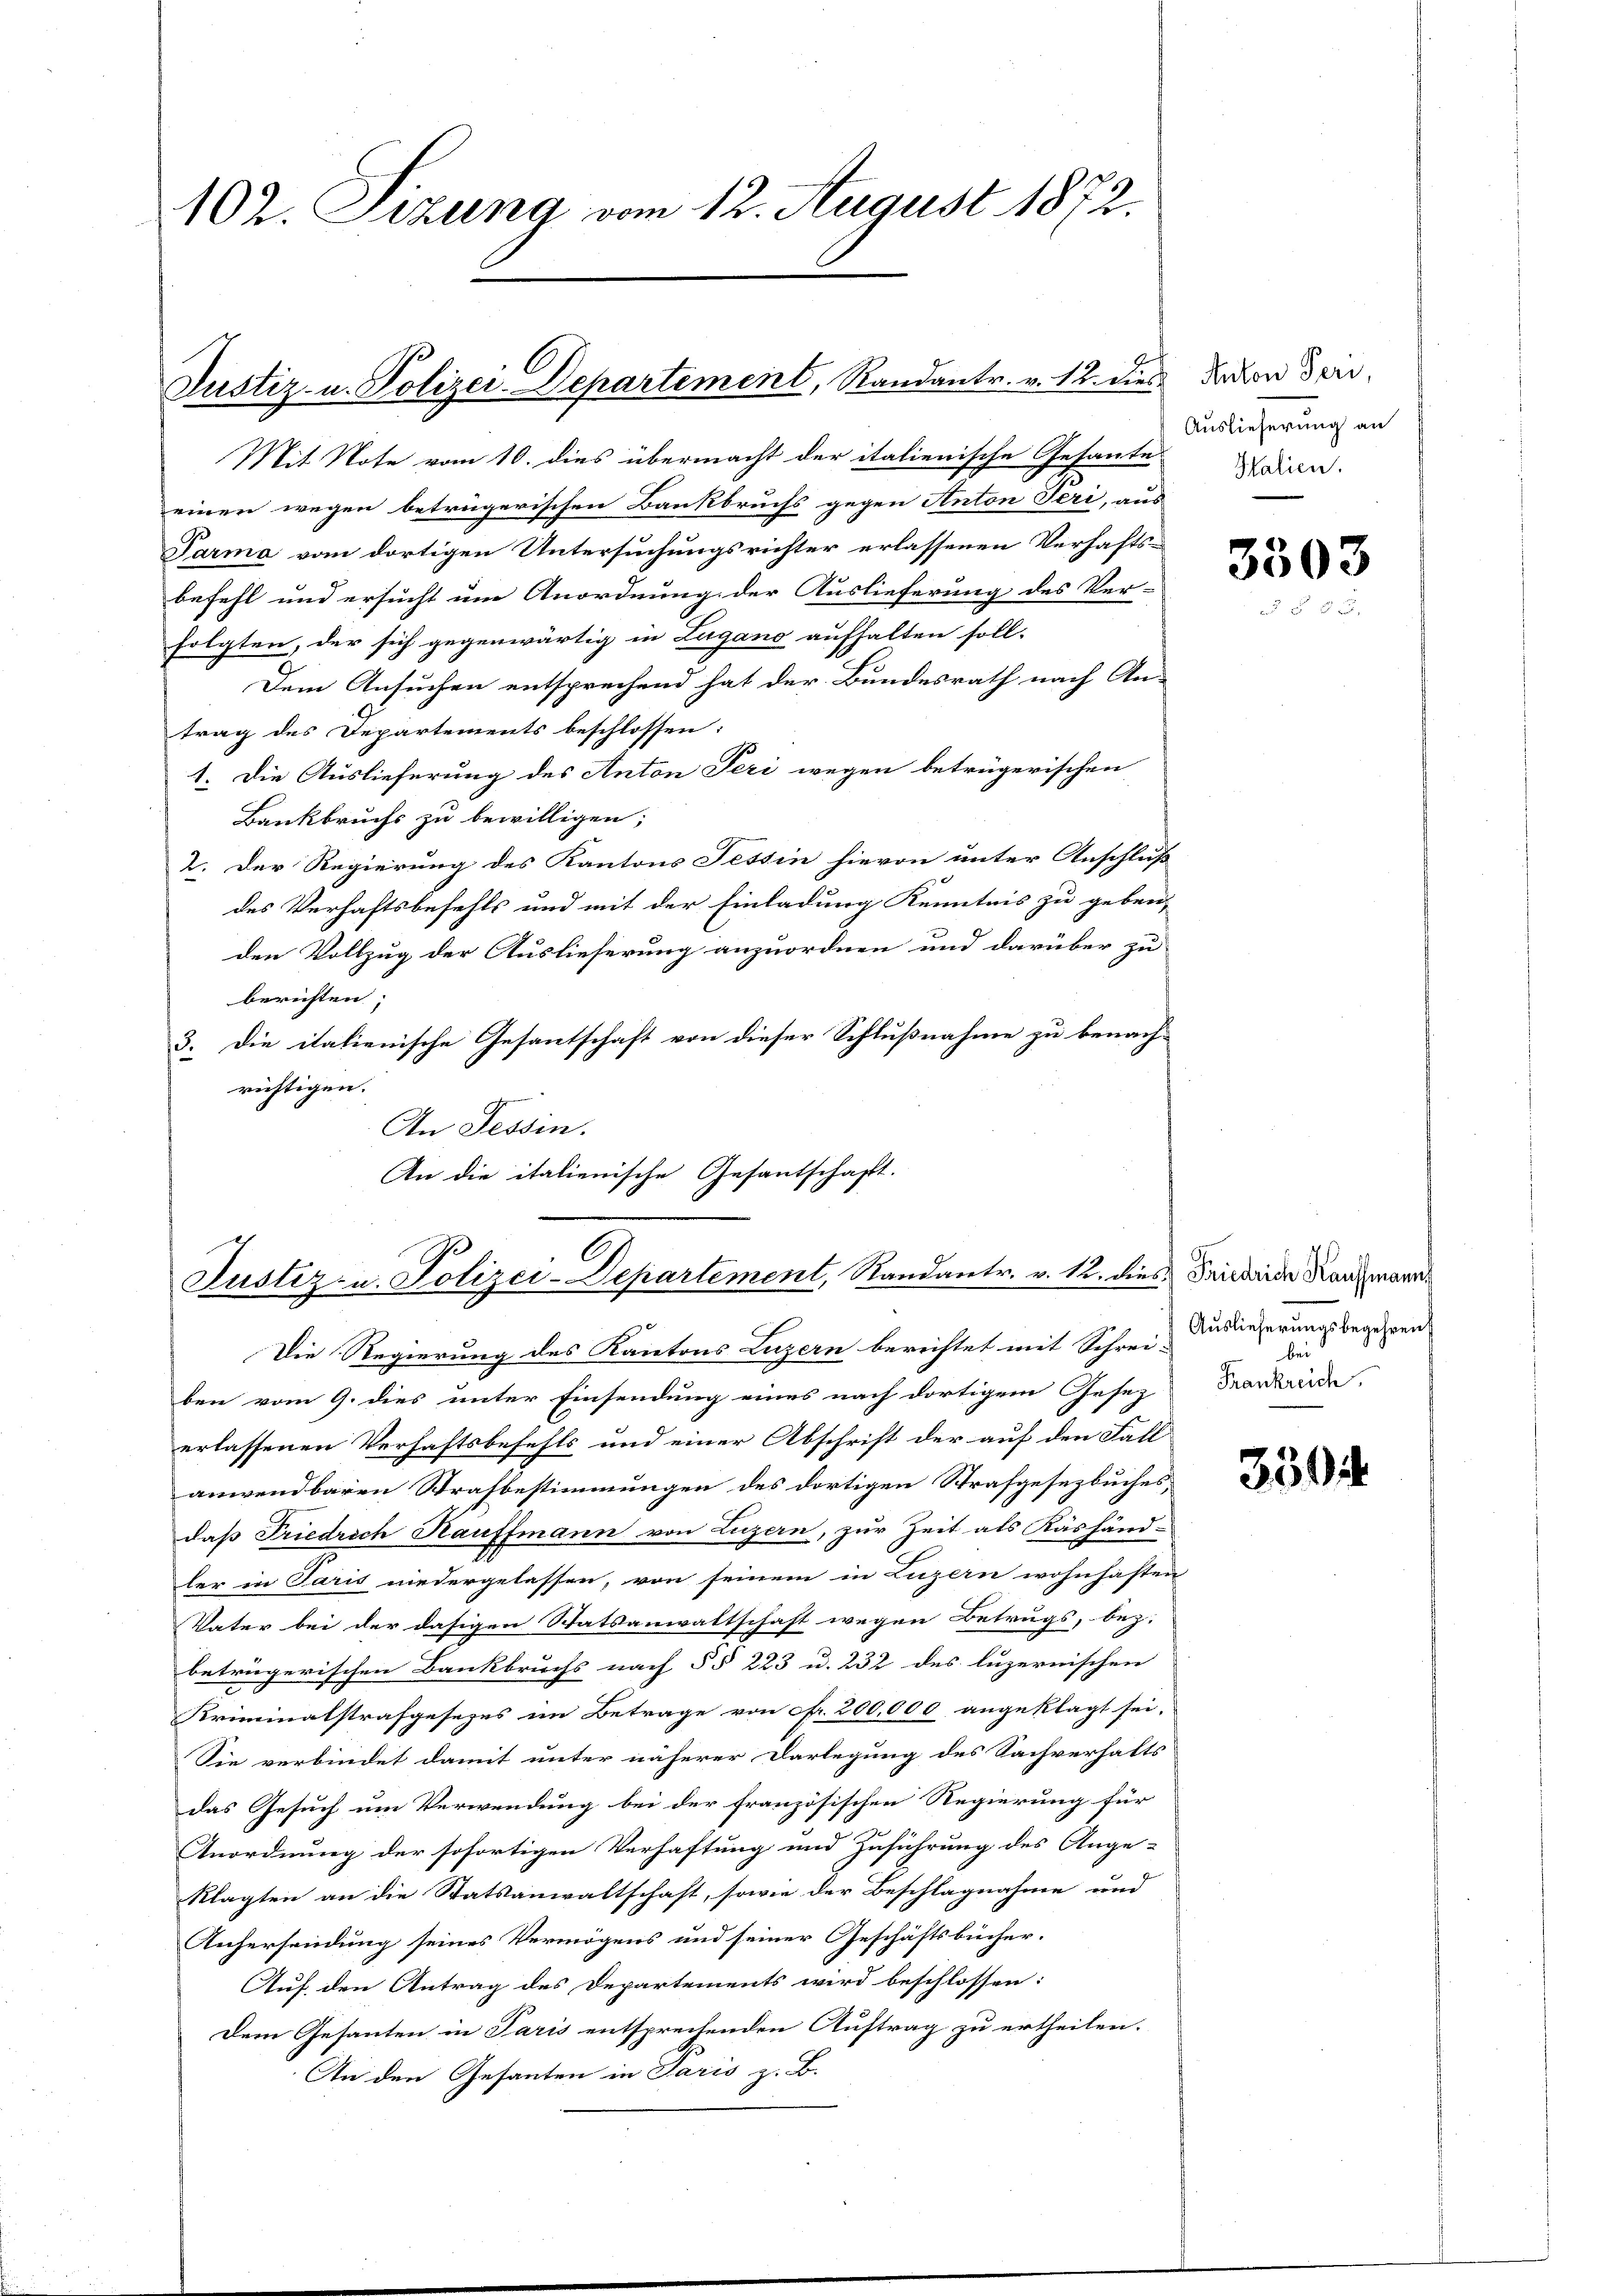
102. Sizung vom 12. August 1872.

Justiz- u. Polizei-Departement, Randantr. v. 12. dies davon den
Mit Note vom 10. dies übermacht der italienische Gesante

einen wegen betrügerischen Bankbruchs gegen Anton Seri, aus
Parma vom dortigen Untersuchungsrichter erlassenen Verhafts-
befehl und ersucht um Anordnung der Auslieferung des Ver-
folgten, der sich gegenwärtig in Lugano aufhalten soll.
Dem Ansuchen entsprechend hat der Bundesrath nach An-
trag des Departements beschlossen:
1. Die Auslieferung des Anton Teri wegen betrügerischen
Bankbruchs zu bewilligen;
2. Der Regierung des Kantons Tessin hievon unter Anschluß
des Verhaftsbefehls und mit der Einladung Kenntnis zu geben,
den Vollzug der Auslieferung anzuordnen und darüber zu
berichten;
3. Die italienische Gesantschaft von dieser Schlußnahme zu benach-
richtigen.
An Tessin.
An die italienische Gesantschaft.

C
Justiz- u. Polizei-Departement, Standantr. v. 12. dies Friedende Kanzmarn¬

Auslieferung an
Salien.

Die Regierung des Kantons Luzern berichtet mit Schreiben vom 9. dies unter Einsendung eines nach dortigem Gesez
erlassenen Verhaftsbefehls und einer Abschrift der auf den Fall
anwendbaren Strafbestimmungen des dortigen Strafgesezbuches,
daß Friedrich Kauffmann von Luzern, zur Zeit als Käshänd-
ler in Paris niedergelassen, von seinem in Luzern wohnhaften
Vater bei der dasigen Statsanwaltschaft wegen Betrugs, bez.
beträgerischen Bankbruchs nach §§ 223 u. 232 des luzernischen
Kriminalstrafgesezes im Betrage von fr. 200,000 angeklagt sei,
Sie verbindet damit unter näherer Darlegung des Sachverhalts
das Gesuch um Verwendung bei der französischen Regierung für
Anordnung der sofortigen Verhaftung und Zuführung des Ange-
klagten an die Statsanwaltschaft, sowie der Beschlagnahme und
Anhersendung seines Vermögens und seiner Geschäftsbücher.
Auf den Antrag des Departements wird beschlossen:
Dem Gesanten in Paris entsprechenden Auftrag zu ertheilen.
An den Gesanten in Paris z. B.

3503

Auslieferungsbegehren
be
Frankreich.

350